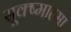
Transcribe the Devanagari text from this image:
सूक्ष्मात्मा